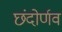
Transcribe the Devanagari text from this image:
छंदोर्णव